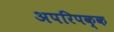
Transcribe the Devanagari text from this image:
अपरिपक्क